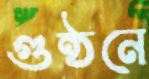
গুন্ঠনে